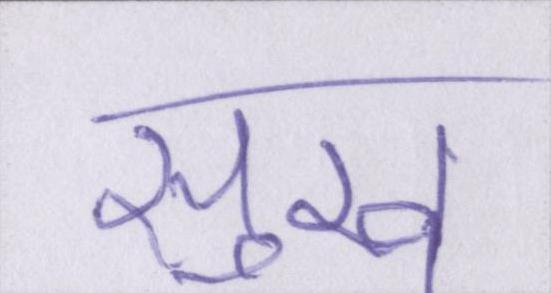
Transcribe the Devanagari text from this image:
सुख